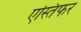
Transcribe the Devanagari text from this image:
एस्तिफर